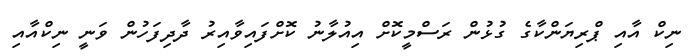
ނިކް އާއި ޕްރިޔަންކާގެ ގުޅުން ރަސްމީކޮށް އިއުލާނު ކޮށްފައިވާއިރު ދާދިފަހުން ވަނީ ނިކްއާއި